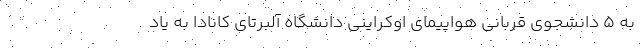
به 5 دانشجوی قربانی هواپیمای اوکراینی دانشگاه آلبرتای کانادا به یاد